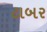
ટાબર